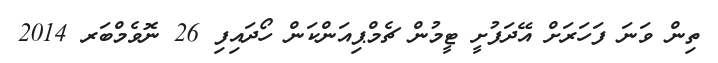
ތިން ވަނަ ފަހަރަށް އޭދަފުށީ ޓީމުން ޗެމްޕިއަންކަން ހޯދައިފި 26 ނޮވެމްބަރ 2014